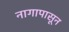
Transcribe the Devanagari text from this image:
नागापासून